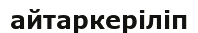
айтаркеріліп